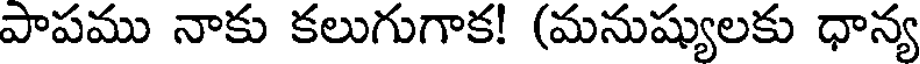
పాపము నాకు కలుగుగాక! (మనుష్యులకు ధాన్య